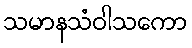
သမာနသံဝါသကော